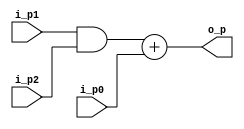
module problem2(
  input  [7:0]  i_p0,
  input  [7:0]  i_p1,
  input  [7:0]  i_p2,
  output [7:0]  o_p
);

  wire [7:0] w_p0;

  assign w_p0 = i_p1 & i_p2;
  assign o_p = w_p0 + i_p0;

endmodule